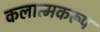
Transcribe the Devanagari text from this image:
कलात्मकरूप